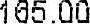
165.00